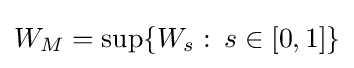
W_{M}=\sup\{W_{s}\,\colon \,s\in [0,1]\}